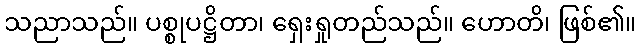
သညာသည်။ ပစ္စုပဋ္ဌိတာ၊ ရှေးရှုတည်သည်။ ဟောတိ၊ ဖြစ်၏။